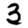
Digit: 3